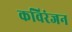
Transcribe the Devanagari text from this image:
कविरंजन